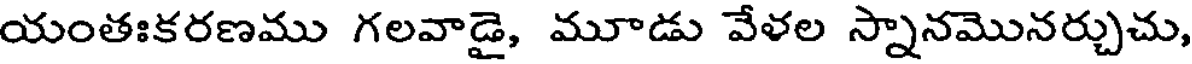
యంతఃకరణము గలవాడై, మూడు వేళల స్నానమొనర్చుచు,